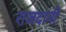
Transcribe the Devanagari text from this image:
राजदानी